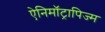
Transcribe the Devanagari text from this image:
ऐनिमॉट्रापिज्म